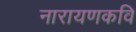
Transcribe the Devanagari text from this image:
नारायणकवि